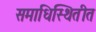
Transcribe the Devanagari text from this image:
समाधिस्थितीत